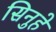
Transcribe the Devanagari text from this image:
सिनुहे